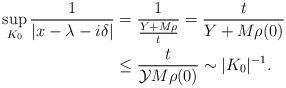
LaTeX: \begin{align*} \sup_{K_0} \frac{ 1 }{ |x- \lambda - i\delta|} &= \frac{1}{ \frac{Y+M\rho}{t} } = \frac{t}{Y + M\rho (0)} \\ & \leq \frac{t}{\mathcal{Y} M\rho (0)} \sim |K_0|^{-1}.\end{align*}